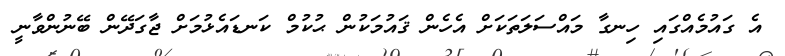
އެ ގައުމެއްގައި ހިނގާ މައްސަލަތަކަށް އެހެން ޤައުމަކުން ޙުކުމް ކަނޑައެޅުމަށް ޖާގަދޭން ބޭނުންވާނީ